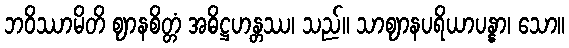
ဘဝိဿာမိတိ ဈာနစိတ္တံ အဓိဋ္ဌဟန္တဿ၊ သည်။ သာဈာနပရိယာပန္နာ၊ သော။